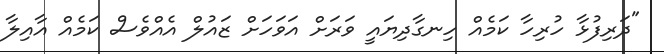
"ދަރިފުޅާ ހުރިހާ ކަމެއް ހިނގާދިޔައީ ވަރަށް އަވަހަށް ޒައުލް އެއްވެސް ކަމެއް އާއިލާ